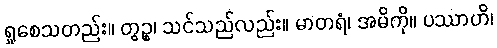
ရှုစေသတည်း။ တွဉ္စ၊ သင်သည်လည်း။ မာတရံ၊ အမိကို။ ပဿာဟိ၊